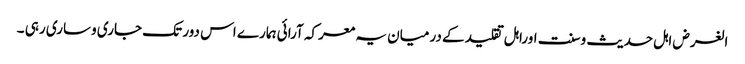
الغرض اہل حدیث وسنت اوراہل تقلید کے درمیان یہ معرکہ آرائی ہمارے اس دور تک جاری وساری رہی ۔